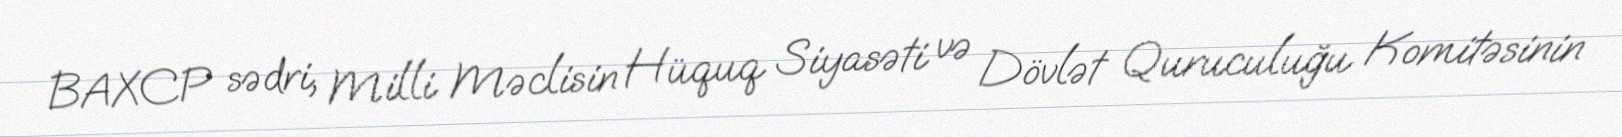
BAXCP sədri, Milli Məclisin Hüquq Siyasəti və Dövlət Quruculuğu Komitəsinin